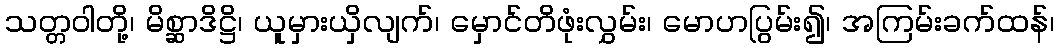
သတ္တဝါတို့၊ မိစ္ဆာဒိဋ္ဌိ၊ ယူမှားယှိလျက်၊ မှောင်တိဖုံးလွှမ်း၊ မောဟပြွမ်း၍၊ အကြမ်းခက်ထန်၊